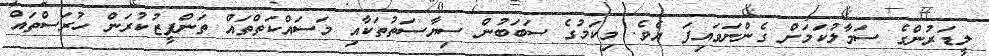
ލީޑަރުންގެ ސަމާލުކަމަށް ގެންނަވައިފަ އެވެ. މިކަމުގެ ސަބަބުން ސިޔާސަތުތަކާއި މަސައްކަތްތައް ތަންފީޒުކުރަން ހުރަސްތައް